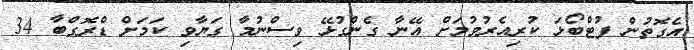
އެގޮތުން ފުޓްބޯޅަ ކުރިއެރުވުމަށް އޭނާ ގެންގުޅޭ ވިސްނުމާ ގަޔާވި ކަމަށް ޑްރޮގްބާ 34